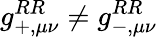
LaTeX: g_{+,\mu\nu}^{RR}\neq g_{-,\mu\nu}^{RR}